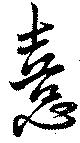
憙